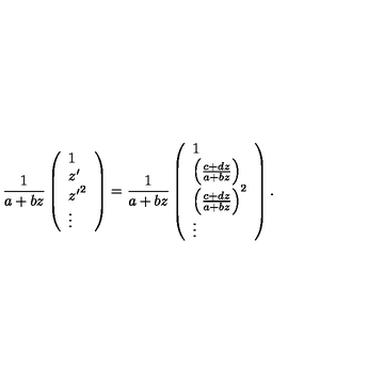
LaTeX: { \frac { 1 } { a + b z } } \left( \begin{array} { l } { 1 } \\ { z ^ { \prime } } \\ { { z ^ { \prime } } ^ { 2 } } \\ { \vdots } \\ \end{array} \right) = { \frac { 1 } { a + b z } } \left( \begin{array} { l } { 1 } \\ { \left( { \frac { c + d z } { a + b z } } \right) } \\ { \left( { \frac { c + d z } { a + b z } } \right) ^ { 2 } } \\ { \vdots } \\ \end{array} \right) .